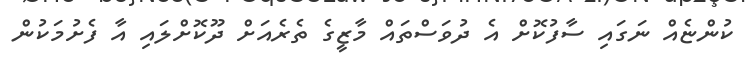
ކުންޏެއް ނަގައި ސާފުކޮށް އެ ދުވަސްތައް މާޒީގެ ތެރެއަށް ދޫކޮށްލައި އާ ފެށުމަކުން